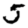
Digit: 5